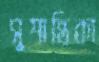
সুশান্তিকা